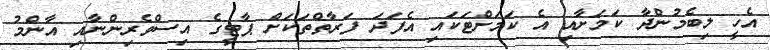
އެހީ ލިބެމުންދާ ކަމަށާއި އެ ކަމަށްޓަކައި އެފަދަ ފަރާތްތަކަށް ޕާޓީގެ އިސްވެރިންނާއި އާންމު